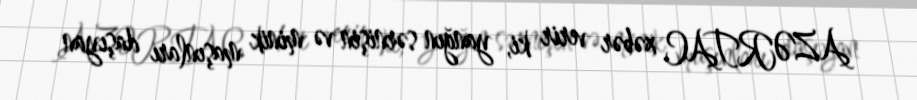
AZƏRTAC xəbər verir ki, yanğın sərnişin və minik maşınları daşıyan